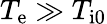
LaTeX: T_{\mathrm{e}}\gg T_{\mathrm{i0}}